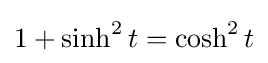
1+\sinh ^{2}t=\cosh ^{2}t